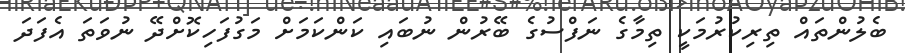
ބެލުންތައް ތިރިކުރުމަކީ ތިމާގެ ނަފްސުގެ ބޭރުން ނުބައި ކަންކަމަށް މަގުފަހިކޮށްދޭ ނުވަތަ އެފަދަ